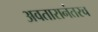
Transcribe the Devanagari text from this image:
अवतारानंतरच